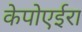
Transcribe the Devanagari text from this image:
केपोएईरा